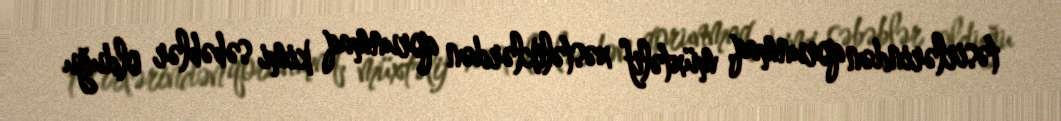
təsirlərindən qorunmaq, müxtəlif xəstəliklərdən qorunmaq kimi səbəblər olduğu